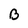
Character: B